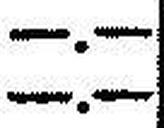
—.—